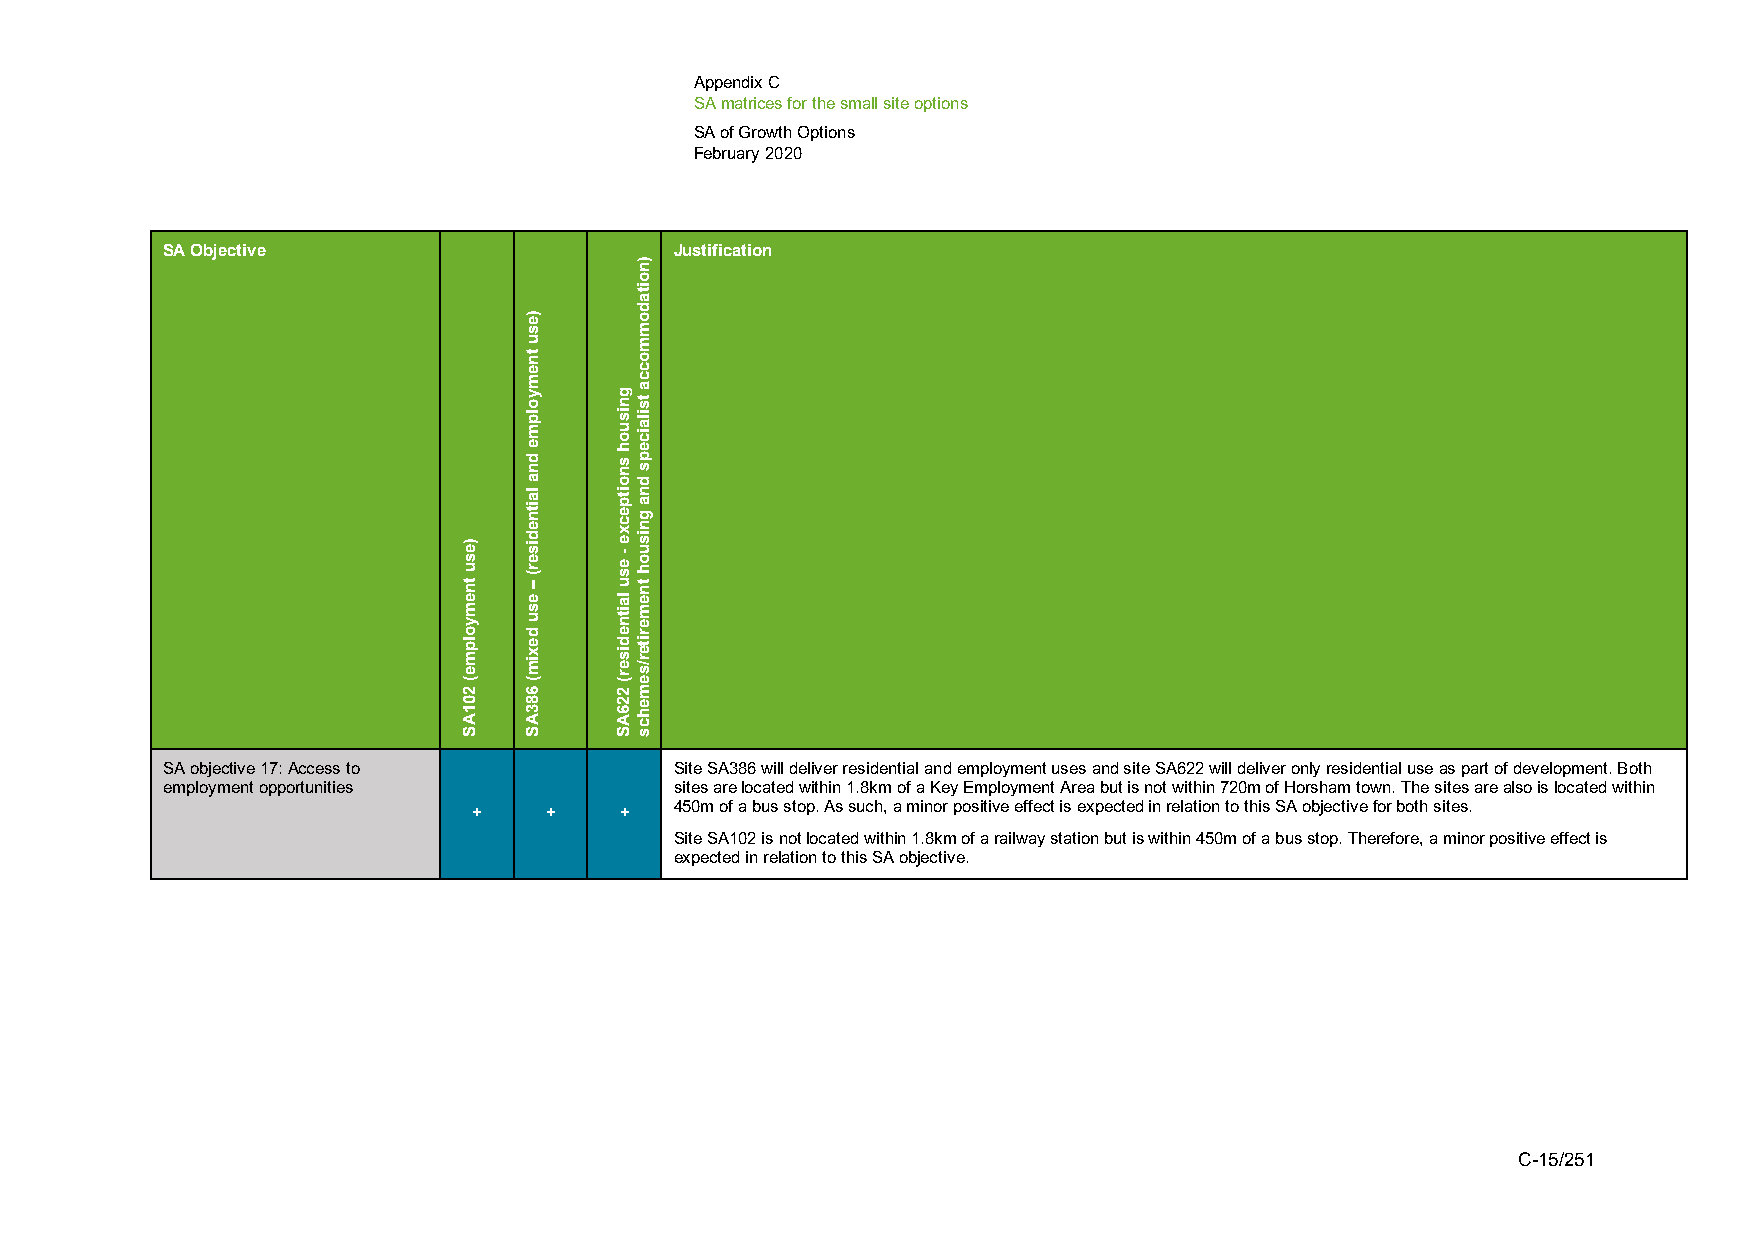
Appendix C
 SA matrices for the small site options
 SA of Growth Options
 February 2020
 SA Objective                      Justification
 SA objective 17: Access to        Site SA386 will deliver residential and employment uses and site SA622 will deliver only residential use as part of development. Both
 employment opportunities          sites are located within 1.8km of a Key Employment Area but is not within 720m of Horsham town. The sites are also is located within
 +    +    +   450m of a bus stop. As such, a minor positive effect is expected in relation to this SA objective for both sites.
 Site SA102 is not located within 1.8km of a railway station but is within 450m of a bus stop. Therefore, a minor positive effect is
 expected in relation to this SA objective.
 C-15/251
 )esu
 tnemyolpme(
 201AS
 )esu
 tnemyolpme
 dna
 laitnediser(
 –
 esu
 dexim(
 683AS
 gnisuoh
 snoitpecxe
 -
 esu
 laitnediser(
 226AS
 )noitadommocca
 tsilaiceps
 dna
 gnisuoh
 tnemeriter/semehcs